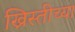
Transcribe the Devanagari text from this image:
ख्रिस्तीच्या